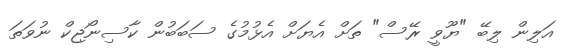
އަލިން ލިބޭ "ޔޫވީ ރޭސް" ތަށް އެޔަށް އެޅުމުގެ ސަބަބުން ކާސިނޯޖިކް ނުވަތަ